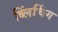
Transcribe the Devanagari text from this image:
ब्लिंचिंग